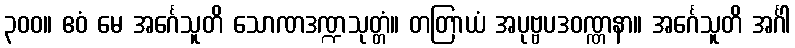
၃၀၀။ ဧဝံ မေ အင်္ဂေသူတိ သောဏဒဏ္ဍသုတ္တံ။ တတြာယံ အပုဗ္ဗပဒဝဏ္ဏနာ။ အင်္ဂေသူတိ အင်္ဂါ